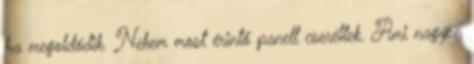
ha megoldódik. Nekem most érintő panelt cseréltek. Ami nagyon